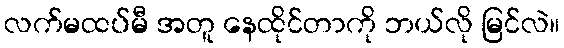
လက်မထပ်မီ အတူ နေထိုင်တာကို ဘယ်လို မြင်လဲ။